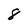
Character: 8